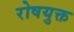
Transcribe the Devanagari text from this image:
रोषयुक्त